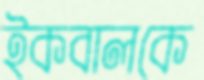
ইকবালকে